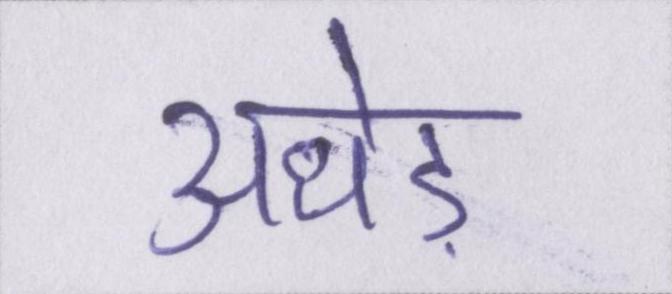
अधेड़